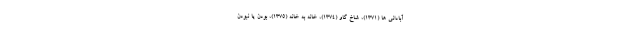
آبادانی ها (۱۳۷۱)، شاخ گاو (۱۳۷۴)، خانه به خانه (۱۳۷۵)، بودن یا نبودن